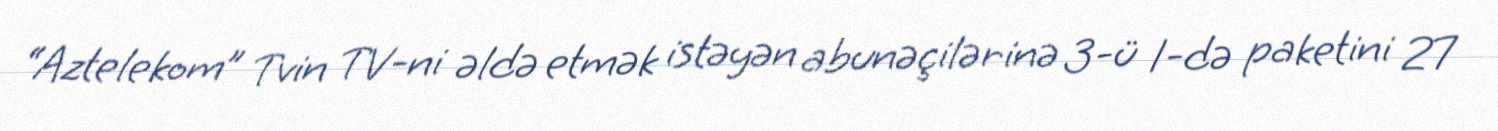
“Aztelekom” Tvin TV-ni əldə etmək istəyən abunəçilərinə 3-ü 1-də paketini 27